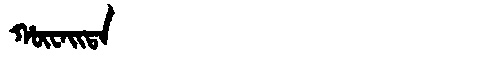
Manchu: ᡥᡡᠸᠠᡳᡨᠠ
Romanization: HŪWAITA